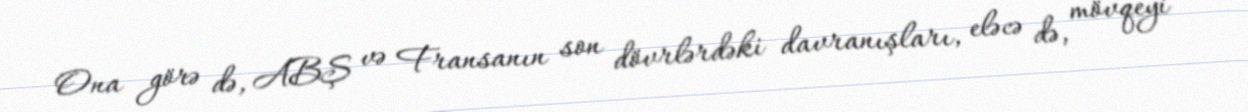
Ona görə də, ABŞ və Fransanın son dövrlərdəki davranışları, eləcə də, mövqeyi